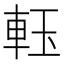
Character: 𨋔